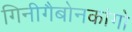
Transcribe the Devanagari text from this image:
गिनीगैबोनकांगो